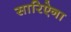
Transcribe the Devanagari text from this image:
सारिऐना